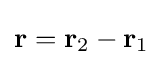
\mathbf {r} =\mathbf {r} _{2}-\mathbf {r} _{1}\,\!